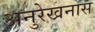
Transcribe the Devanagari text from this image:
अनुरेखनास